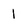
Character: 1